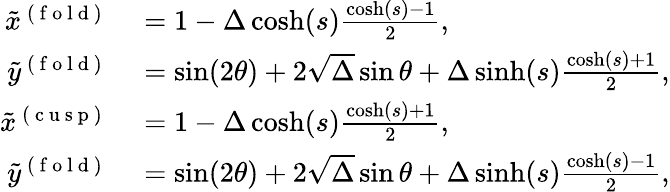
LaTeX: \begin{array}{rl}{\tilde{x}^{\mathrm{~(~f~o~l~d~)~}}}&{{}=1-\Delta\cosh(s)\frac{\cosh(s)-1}{2},}\\ {\tilde{y}^{\mathrm{~(~f~o~l~d~)~}}}&{{}=\sin(2\theta)+2\sqrt{\Delta}\sin\theta+\Delta\sinh(s)\frac{\cosh(s)+1}{2},}\\ {\tilde{x}^{\mathrm{~(~c~u~s~p~)~}}}&{{}=1-\Delta\cosh(s)\frac{\cosh(s)+1}{2},}\\ {\tilde{y}^{\mathrm{~(~f~o~l~d~)~}}}&{{}=\sin(2\theta)+2\sqrt{\Delta}\sin\theta+\Delta\sinh(s)\frac{\cosh(s)-1}{2},}\end{array}